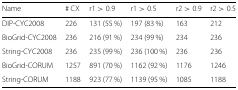
| Name | # CX | r1 >0.9 | r1 >0.5 | r2 >0.9 | r2 >0.5 |
 | --- | --- | --- | --- | --- | --- |
 | DIP-CYC2008 | 226 | 131 (55 %) | 197 (83 %) | 163 | 212 |
 | BioGrid-CYC2008 | 236 | 216 (91 %) | 234 (99 %) | 234 | 236 |
 | String-CYC2008 | 236 | 235 (99 %) | 236 (100 %) | 236 | 236 |
 | BioGrid-CORUM | 1257 | 891 (70 %) | 1162 (92 %) | 1176 | 1246 |
 | String-CORUM | 1188 | 923 (77 %) | 1139 (95 %) | 1085 | 1188 |